Calcutta medical institutions reports 1879-81 [i.e.91]
Year: 1879
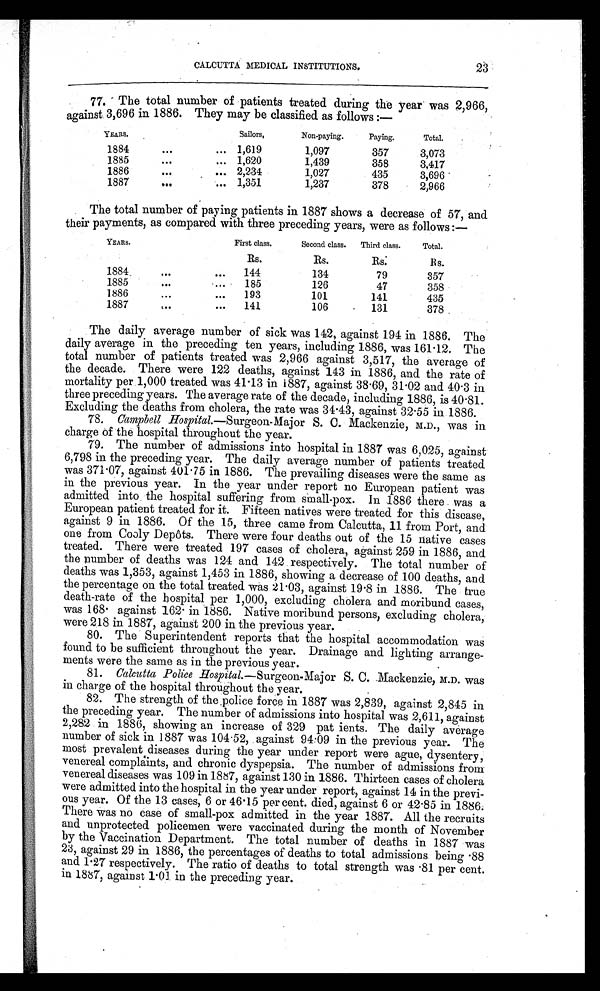
CALCUTTA MEDICAL INSTITUTIONS.
23
77. The total number of patients treated during the year was 2,966,
against 3,696 in 1886. They may be classified as follows :—
YEARS.
S a i l o r s .
Non-paying.
Paying.
Total.
1884
...
... 1,619
1,097
357
3,073
1885
...
... 1,620
1,439
358
3,417
1886
...
... 2,234
1,027
435
3,696
1887
...
... 1,351
1,237
378
2,966
The total number of paying patients in 1887 shows a decrease of 57, and
their payments, as compared with three preceding years, were as follows :—
YEARS.
First class.
Second class.
Third class.
Total.
Rs.
Rs.
R s .
Rs.
1884
...
...
144
134
79
357
1885
...
185
126
47
358
1886
...
...
193
101
141
435
1887
...
...
141
106
131
378
The daily average number of sick was 142, against 194 in 1886. The
daily average in the preceding ten years, including 1886, was 161.12. The
total number of patients treated was 2,966 against 3,517, the average of
the decade. There were 122 deaths, against 143 in 1886, and the rate of
mortality per 1,000 treated was 41.13 in 1887, against 38.69, 31.02 and 40.3 in
three preceding years. The average rate of the decade, including 1886, is 40.81.
Excluding the deaths from cholera, the rate was 31.43, against 32.55 in 1886.
78. Campbell Hospital.—Surgeon-Major S. C. Mackenzie, M.D., was in
charge of the hospital throughout the year.
79. The number of admissions into hospital in 1887 was 6,025, against
6,798 in the preceding year. The daily average number of patients treated
was 371.07, against 401.75 in 1886. The prevailing diseases were the same as
in the previous year. In the year under report no European patient was
admitted into the hospital suffering from small-pox. In 1886 there was a
European patient treated for it. Fifteen natives were treated for this disease,
against 9 in 1886. Of the 15, three came from Calcutta, 11 from Port, and
one from Cooly Depôts. There were four deaths out of the 15 native cases
treated. There were treated 197 cases of cholera, against 259 in 1886, and
the number of deaths was 124 and 142 respectively. The total number of
deaths was 1,353, against 1,453 in 1886, showing a decrease of 100 deaths, and
the percentage on the total treated was 21.03, against 19.8 in 1886. The true
death-rate of the hospital per 1,000, excluding cholera and moribund cases,
was 168. against 162. in 1886. Native moribund persons, excluding cholera,
were 218 in 1887, against 200 in the previous year.
80. The Superintendent reports that the hospital accommodation was
found to be sufficient throughout the year. Drainage and lighting arrange-
ments were the same as in the previous year.
81. Calcutta Police Hospital.—Surgeon-Major S. C. Mackenzie, M.D. was
in charge of the hospital throughout the year.
82. The strength of the police force in 1887 was 2,839, against 2,845 in
the preceding year. The number of admissions into hospital was 2,611, against
2,282 in 1880, showing an increase of 329 patients. The daily average
number of sick in 1887 was 104.52, against 94.09 in the previous year. The
most prevalent diseases during the year under report were ague, dysentery,
venereal complaints, and chronic dyspepsia. The number of admissions from
venereal diseases was 109 in 1887, against 130 in 1886. Thirteen cases of cholera
were admitted into the hospital in the year under report, against 14 in the previ-
ous year. Of the 13 cases, 6 or 46.15 per cent. died, against 6 or 42.85 in 1886.
There was no case of small-pox admitted in the year 1887. All the recruits
and unprotected policemen were vaccinated during the month of November
by the Vaccination Department. The total number of deaths in 1887 was
23, against 29 in 1886, the percentages of deaths to total admissions being .88
and 1.27 respectively. The ratio of deaths to total strength was .81 per cent.
in 1887, against 1.01 in the preceding year.